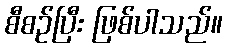
စီစဉ်ပြီး ဖြစ်ပါသည်။